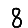
Digit: 8